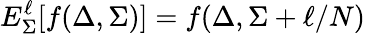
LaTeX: E_{\Sigma}^{\ell}[f(\Delta,\Sigma)]=f(\Delta,\Sigma+\ell/N)